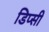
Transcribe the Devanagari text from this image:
डिप्सी